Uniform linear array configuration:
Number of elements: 48
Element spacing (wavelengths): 1
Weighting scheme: binomial
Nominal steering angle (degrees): -30
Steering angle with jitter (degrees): -28.864
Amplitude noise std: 0.05
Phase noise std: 0.05

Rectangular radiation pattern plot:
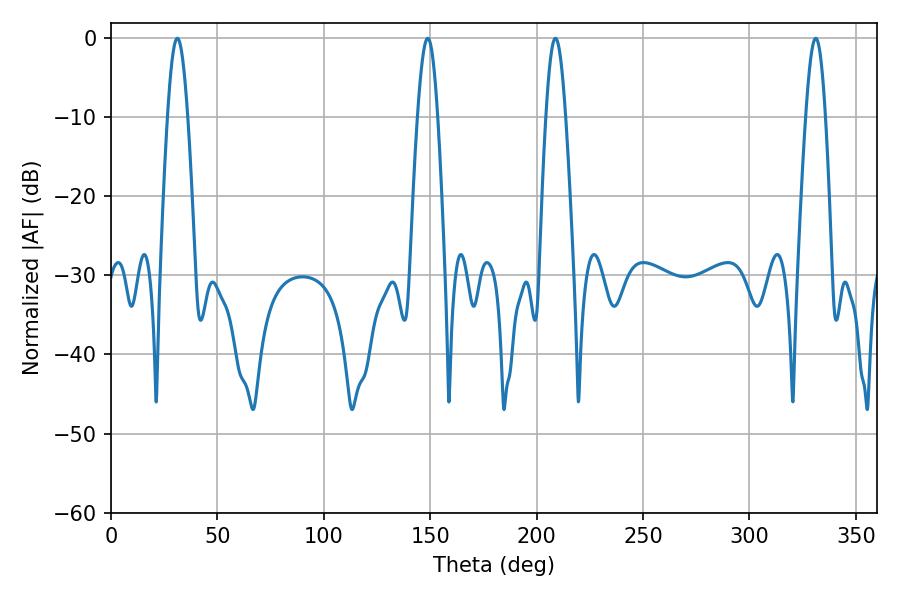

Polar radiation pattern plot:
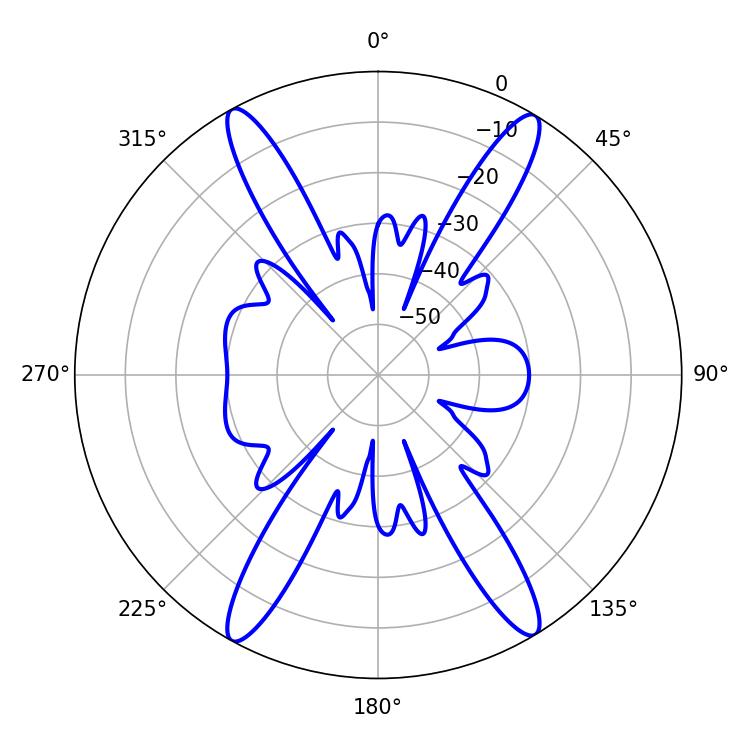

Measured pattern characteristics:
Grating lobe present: TRUE
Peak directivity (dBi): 23.93
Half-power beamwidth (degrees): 5.04
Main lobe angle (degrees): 31.14